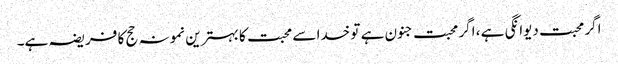
اگر محبت دیوانگی ہے ، اگر محبت جنون ہے تو خدا سے محبت کا بہترین نمونہ حج کا فریضہ ہے۔